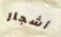
أشجار